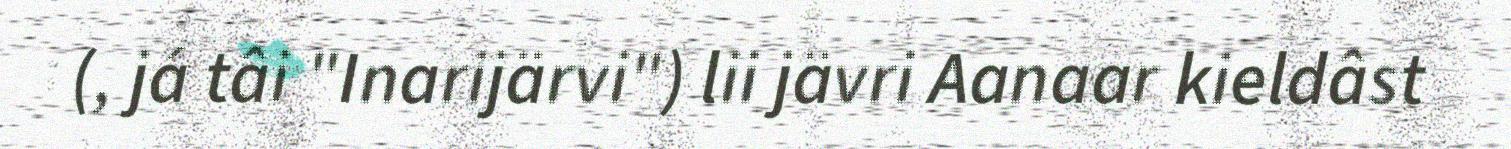
(, já tâi "Inarijärvi") lii jävri Aanaar kieldâst